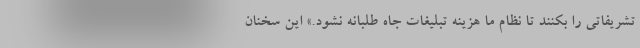
تشريفاتى را بكنند تا نظام ما هزينه تبليغات جاه طلبانه نشود.» این سخنان